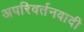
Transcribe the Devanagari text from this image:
अपरिवर्तनवादी